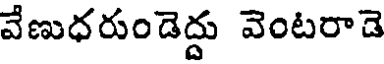
వేణుధరుండెద్దు వెంటరాడె